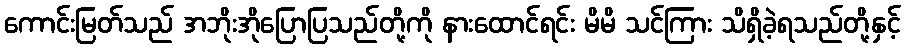
ကောင်းမြတ်သည် အဘိုးအိုပြောပြသည်တို့ကို နားထောင်ရင်း မိမိ သင်ကြား သိရှိခဲ့ရသည်တို့နှင့်